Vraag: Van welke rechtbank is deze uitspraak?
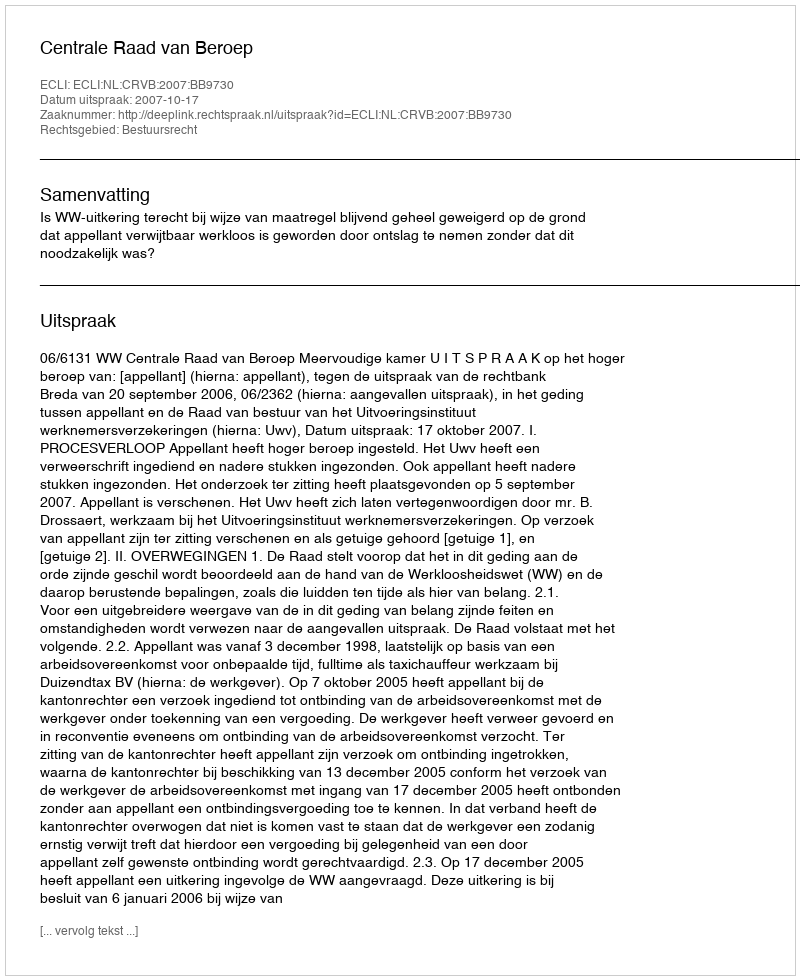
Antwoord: Centrale Raad van Beroep